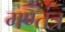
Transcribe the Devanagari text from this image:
गण्तंत्र